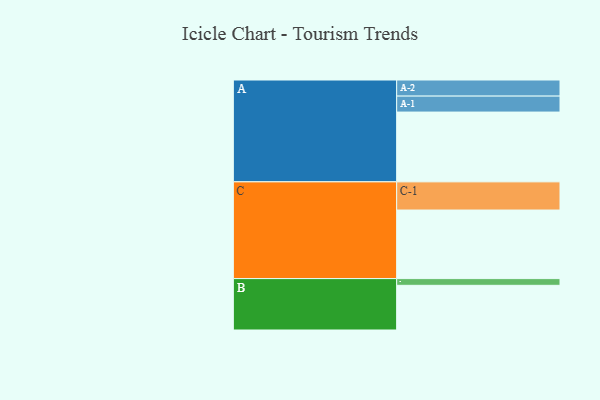
{"axis": {"x": "Segment", "y": "Value"}, "legend": ["", "A", "B", "C"], "data": [{"x": "A", "y": 520, "type": ""}, {"x": "B", "y": 333, "type": ""}, {"x": "C", "y": 511, "type": ""}, {"x": "A-1", "y": 119, "type": "A"}, {"x": "A-2", "y": 120, "type": "A"}, {"x": "B-1", "y": 50, "type": "B"}, {"x": "C-1", "y": 210, "type": "C"}]}